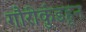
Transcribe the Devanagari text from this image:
गौरीकुंडहून